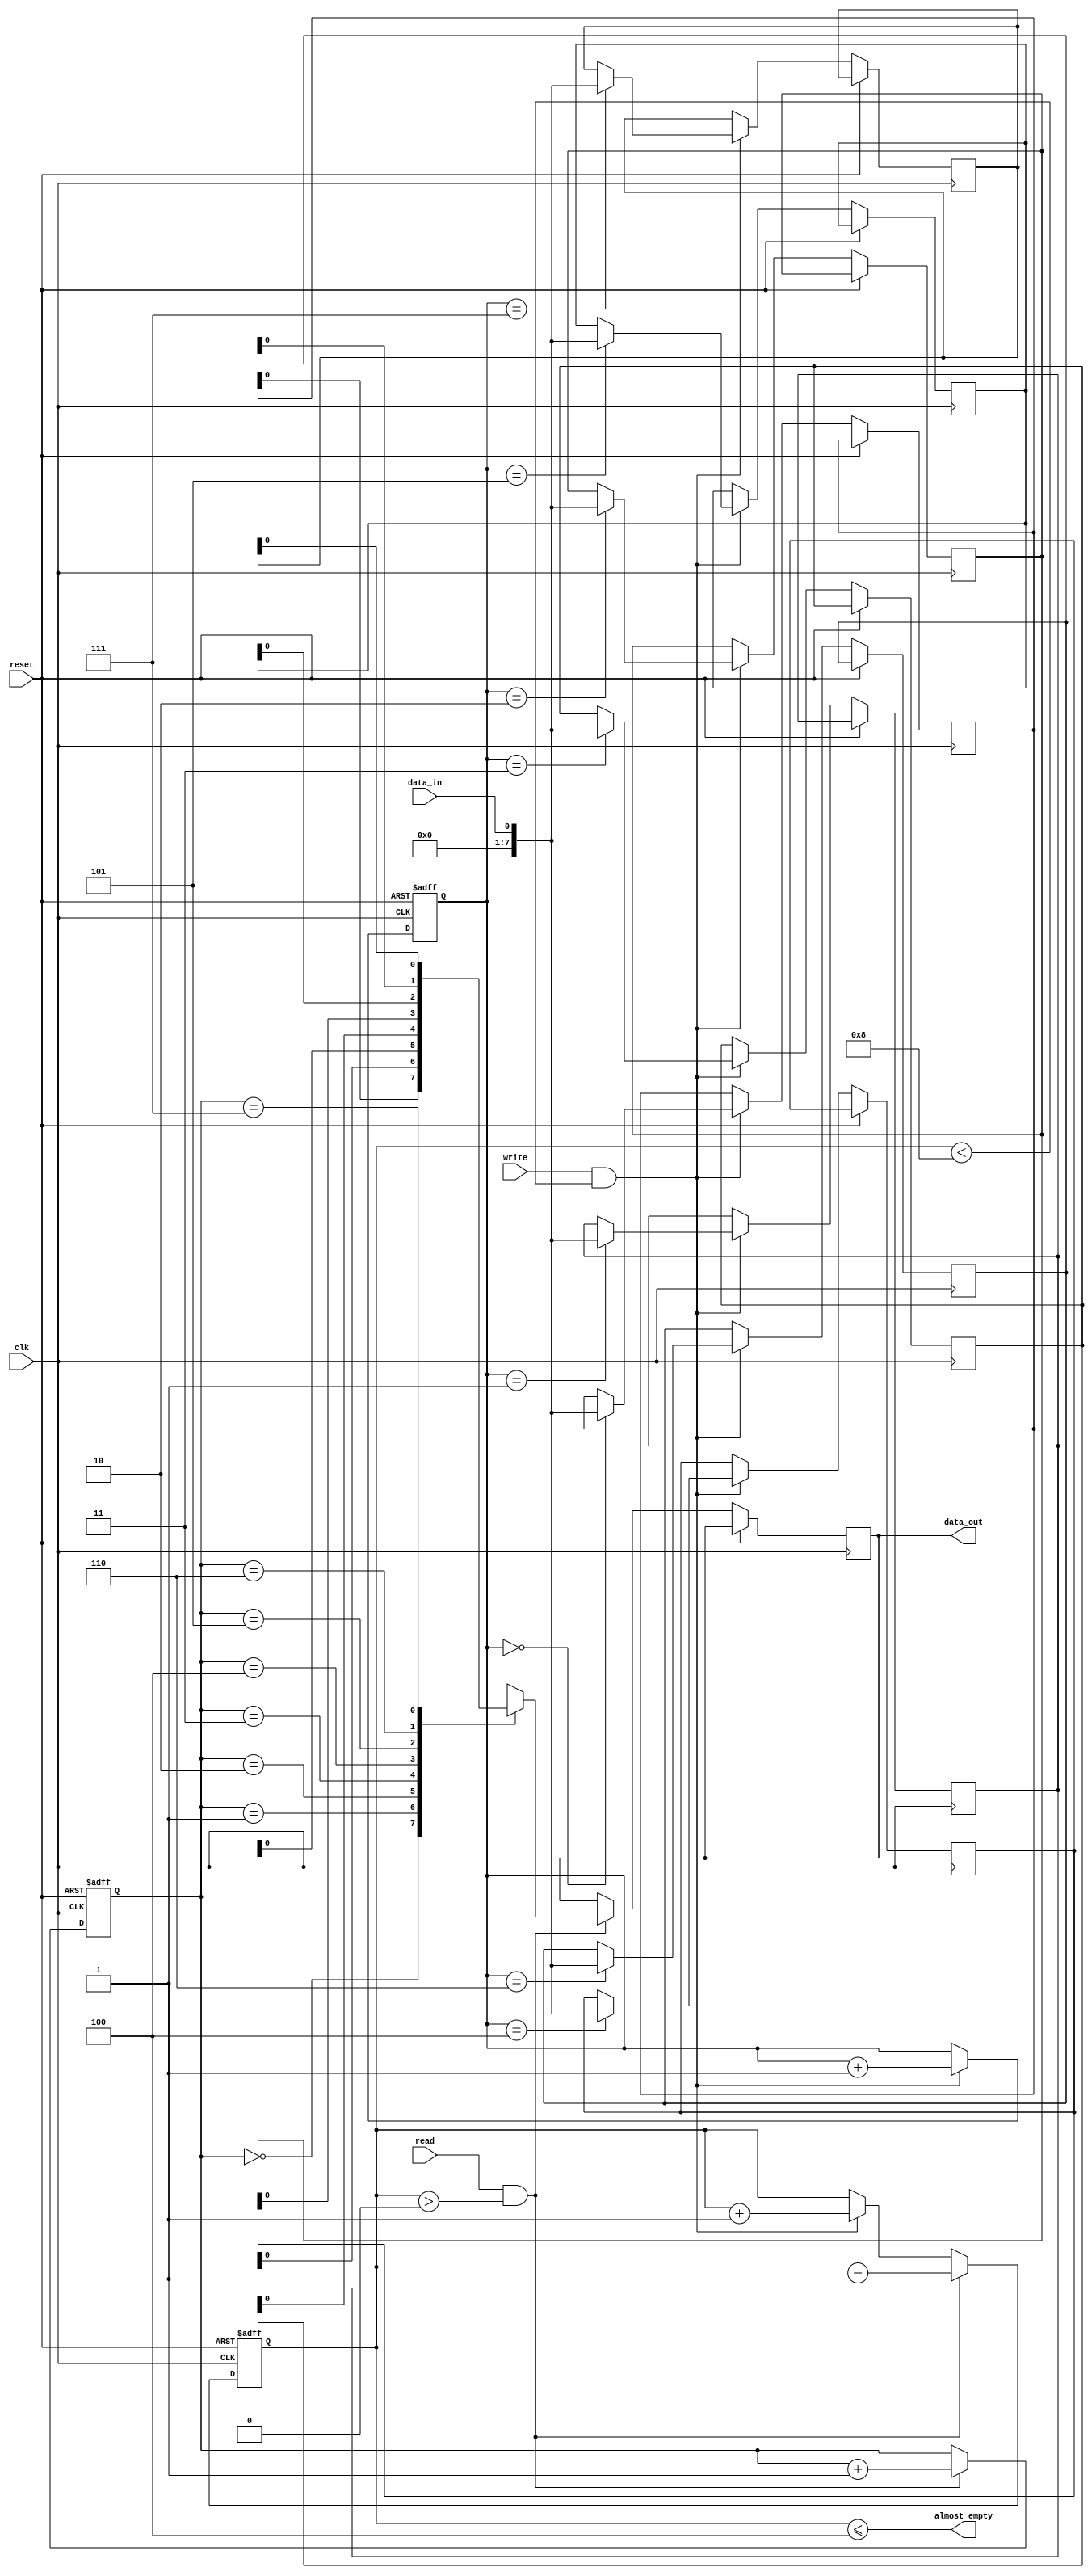
module Almost_Empty_FIFO_Buffer (
  input wire clk,
  input wire reset,
  input wire write,
  input wire read,
  input wire data_in,
  output wire data_out,
  output wire almost_empty
);

// Parameters
parameter BUFFER_SIZE = 8; // Define the size of the FIFO buffer here

// Internal signals
reg [7:0] buffer [0:BUFFER_SIZE-1];
reg [2:0] write_ptr;
reg [2:0] read_ptr;
reg [2:0] count;

// Synchronization logic
always @(posedge clk or posedge reset) begin
  if (reset) begin
    write_ptr <= 3'b000;
    read_ptr <= 3'b000;
    count <= 3'b000;
  end else begin
    if (write && count < BUFFER_SIZE) begin
      buffer[write_ptr] <= data_in;
      write_ptr <= write_ptr + 1;
      count <= count + 1;
    end

    if (read && count > 0) begin
      data_out <= buffer[read_ptr];
      read_ptr <= read_ptr + 1;
      count <= count - 1;
    end
  end
end

// Almost-empty status indication
assign almost_empty = (count <= (BUFFER_SIZE/2));

endmodule